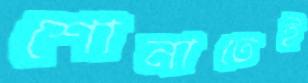
শোনাতেই